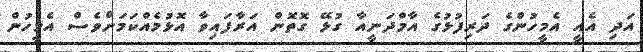
އަދި އެއީ އެމީހުންގެ ދަރިފުޅުގެ އާމްދަނީއާ ގުޅޭ ގޮތޮން އަރާފައިވާ އޮޅުމެއްކަމަށްވެސް އެމީހުން